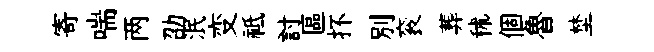
寄喘两劭泯变祗討區抔别衮葬秫個魯埜